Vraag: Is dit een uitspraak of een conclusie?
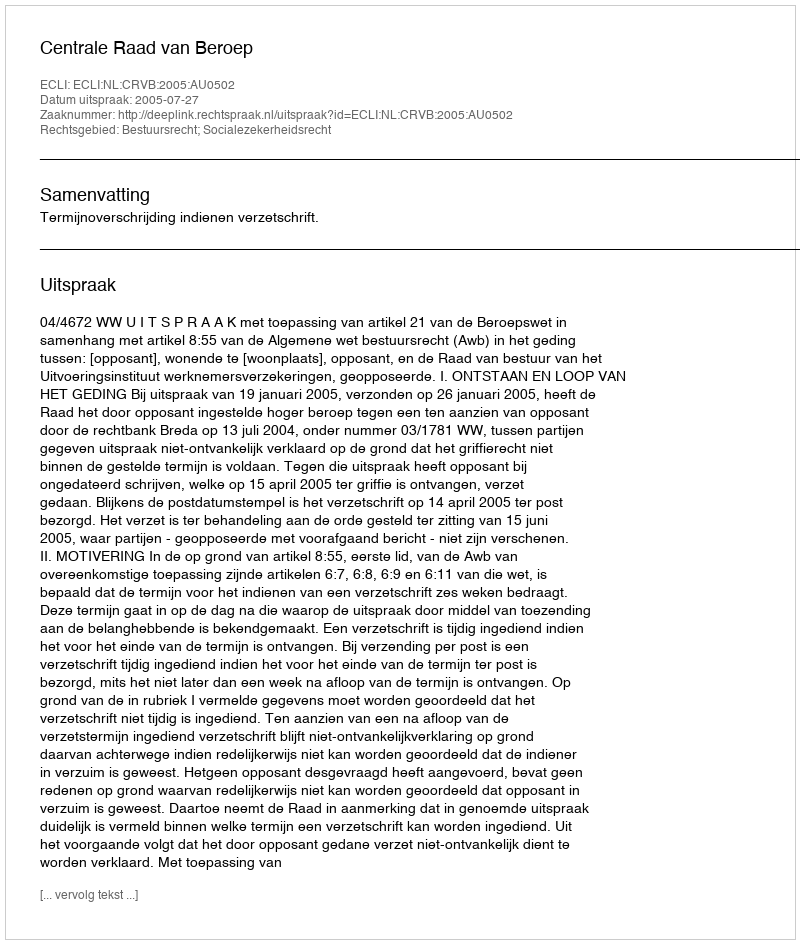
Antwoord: Uitspraak